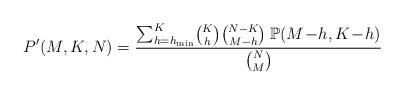
LaTeX: \begin{align*}P'(M,K,N)=\frac{\sum_{h=h_{\min}}^{K}\!\binom{K}{h}\binom{N-K}{M-h}\:\mathbb{P}(M\!-\!h,K\!-\!h)}{\binom{N}{M}}\end{align*}